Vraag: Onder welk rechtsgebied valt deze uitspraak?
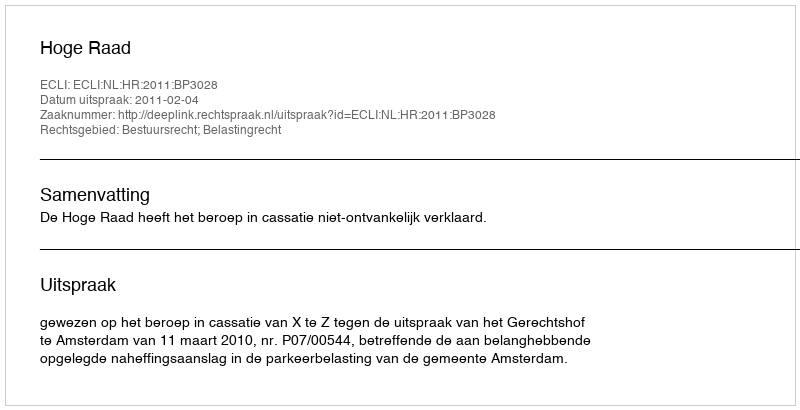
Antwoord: Bestuursrecht; Belastingrecht